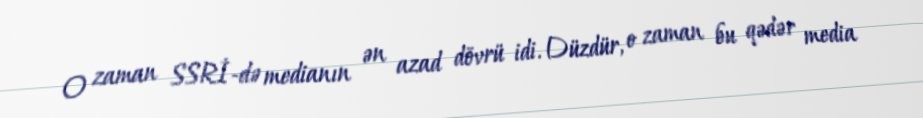
O zaman SSRİ-də medianın ən azad dövrü idi. Düzdür, o zaman bu qədər media